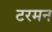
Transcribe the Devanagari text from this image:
टरमन